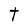
Character: t